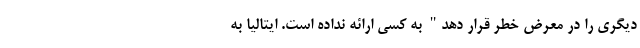
دیگری را در معرض خطر قرار دهد" به کسی ارائه نداده است. ایتالیا به